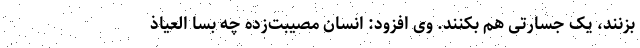
بزنند، یک جسارتی هم بکنند. وی افزود: انسان مصیبت‌زده چه بسا العیاذ